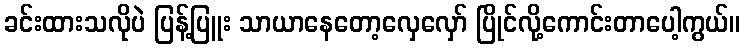
ခင်းထားသလိုပဲ ပြန့်ပြူး သာယာနေတော့လှေလှော် ပြိုင်လို့ကောင်းတာပေါ့ကွယ်။